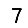
Digit: 7